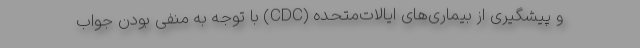
و پیشگیری از بیماری‌های ایالات‌متحده (CDC) با توجه به منفی بودن جواب